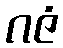
ဂဇံ